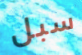
سبل